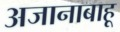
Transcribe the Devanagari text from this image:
अजानाबाहू